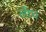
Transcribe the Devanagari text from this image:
लीघ